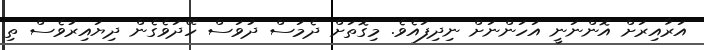
އަރާއިރަށް އޮންނަނީ އަހަންނަށް ނިދިފައެވެ. މިގޮތަށް ދެމަސް ދުވަސް ހޭދަވެގެން ދިޔައިރުވެސް ތި